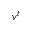
{ \boldsymbol { v } } ^ { t }